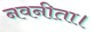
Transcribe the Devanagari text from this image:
नवनीता।